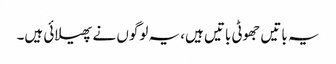
یہ باتیں جھوٹی باتیں ہیں، یہ لوگوں نے پھیلائی ہیں۔